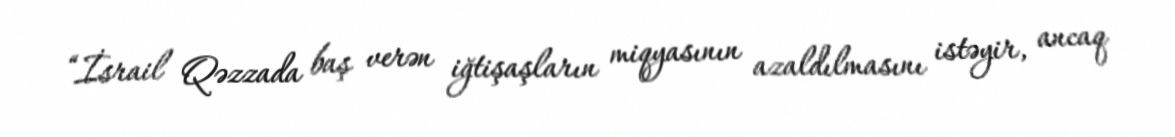
“İsrail Qəzzada baş verən iğtişaşların miqyasının azaldılmasını istəyir, ancaq